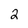
Character: 2